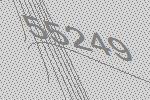
55249